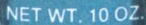
NET WT. 10 OZ.